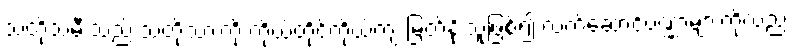
သတို့သမီးသည် သတို့သားကို ကိုယ်တိုင်ကိုယ်ကျ မြတ်နိုးသူဖြစ်၍ လက်ဆောင်ပဏ္ဏာများကိုလည်း